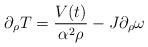
LaTeX: \begin{align*}\partial_\rho T =\frac{V(t)}{\alpha^2 \rho}- J\partial_\rho \omega\end{align*}